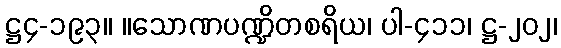
ဋ္ဌ၄-၁၉၃။ ။သောဏပဏ္ဍိတစရိယ၊ ပါ-၄၁၁၊ ဋ္ဌ-၂၀၂၊